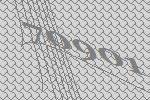
70901